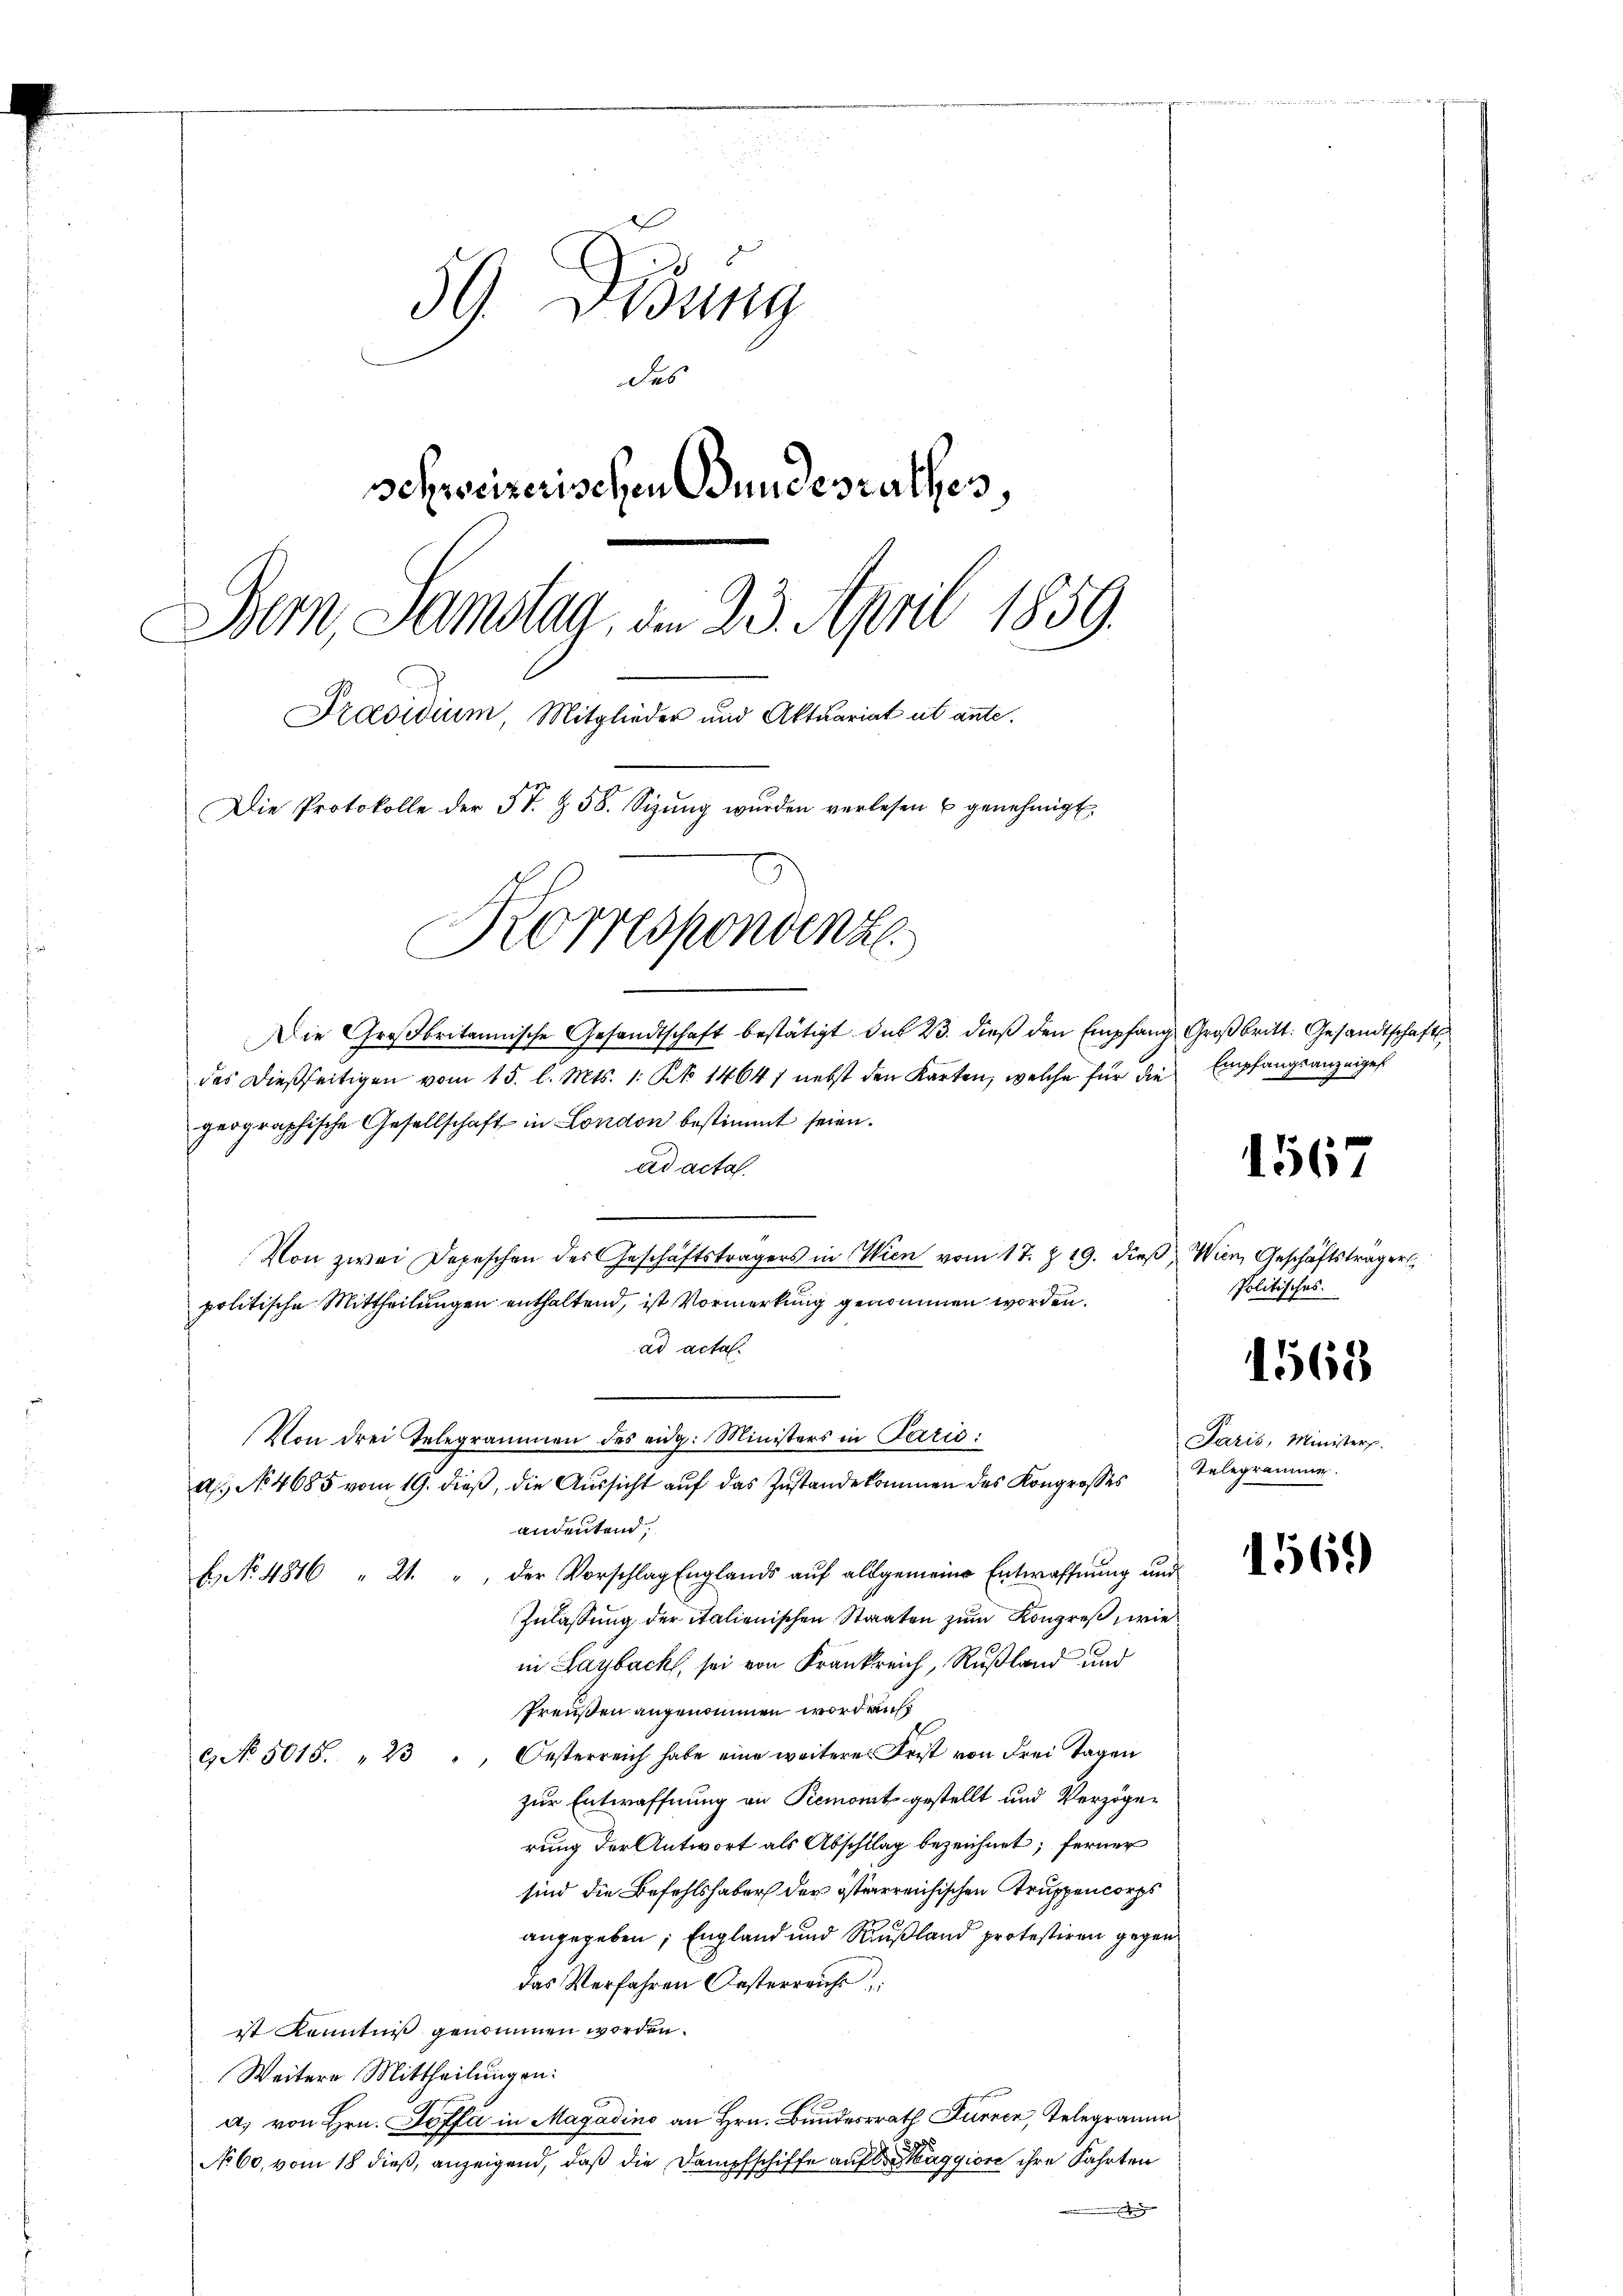
59. Disung
des
schweizerischen Bundesrathes,
Bern, Samstag, am 23. April 1859.
Praesidium Mitglieder und Aktuariat et ante.
Die Protokolle der St. § 58. Sizŭng wurden verlesen u genehmigt.
Korrespondenze
Die Großbritannische Gesandtschaft bestätigt das 23. dieß den Empfang Großbritt: Gesandtschaft

Von drei Telegrammen des eidg. Ministers in Paris:

A.) No 4685 vom 19. dieß, die Aussicht auf das Zustandekommen des Kongrosses

des dießseitigen vom 15. l. Mts. 1. Rt. 1464) nebst den Karten, welche für die Empfangsanzeiges
geographische Gesellschaft in London bestimmt seien.
ad acta.
Von zwei Depeschen des Geschäftsträgers in Wien vom 17. Z. 19. dieβ, Wien, Geschäftsträger
politische Mittheilungen enthaltend, ist Vormerkung genommen worden.
ad acta.
andeutend.
E. 4816 " 21. " der Vorschlag Englands aŭf allgemeine Entwaffnŭng und
Zulassung der italienischen Staaten zum Kongreß, wie
in Laybach, sei von Frankreich, Rußland und
Preußen angenommen worden,
". Oesterreich habe eine weiteres Frist von Frei Tagen
9 No 5015. 23.
zur Entwaffnung an Piemont gestellt und Verzöger
rung der Antwort als Abschlag bezeichnet; ferner
sind die Befehlshaber der österreichischen Truppencorps
angegeben; England und Rußland protestiren gegen
das Verfahren Oesterreicht
ist Kenntniß genommen worden.
Weitere Mittheilungen:
a) von Hrn. Soffe in Magadino an Hrn. Bunderath Furren, Telegramm
No 60, vom 18 dieß, anzeigend, daß die Dampfschiffe auf Maggiore ihre Fahrten
d

1567

Politisches.

1563

Paris, Minister.
Telegrammer.

1569